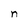
Character: n